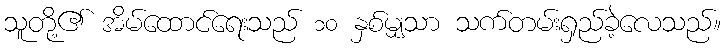
သူတို့၏ အိမ်ထောင်ရေးသည် ၁၀ နှစ်မျှသာ သက်တမ်းရှည်ခဲ့လေသည်။